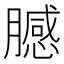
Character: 𱼞